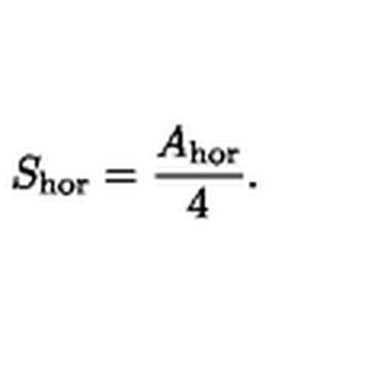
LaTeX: S _ { \mathrm { h o r } } = \frac { A _ { \mathrm { h o r } } } { 4 } .